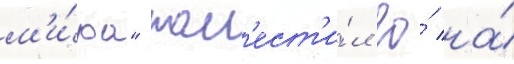
м'и́ра" пом'ест'и́л ео́ на́